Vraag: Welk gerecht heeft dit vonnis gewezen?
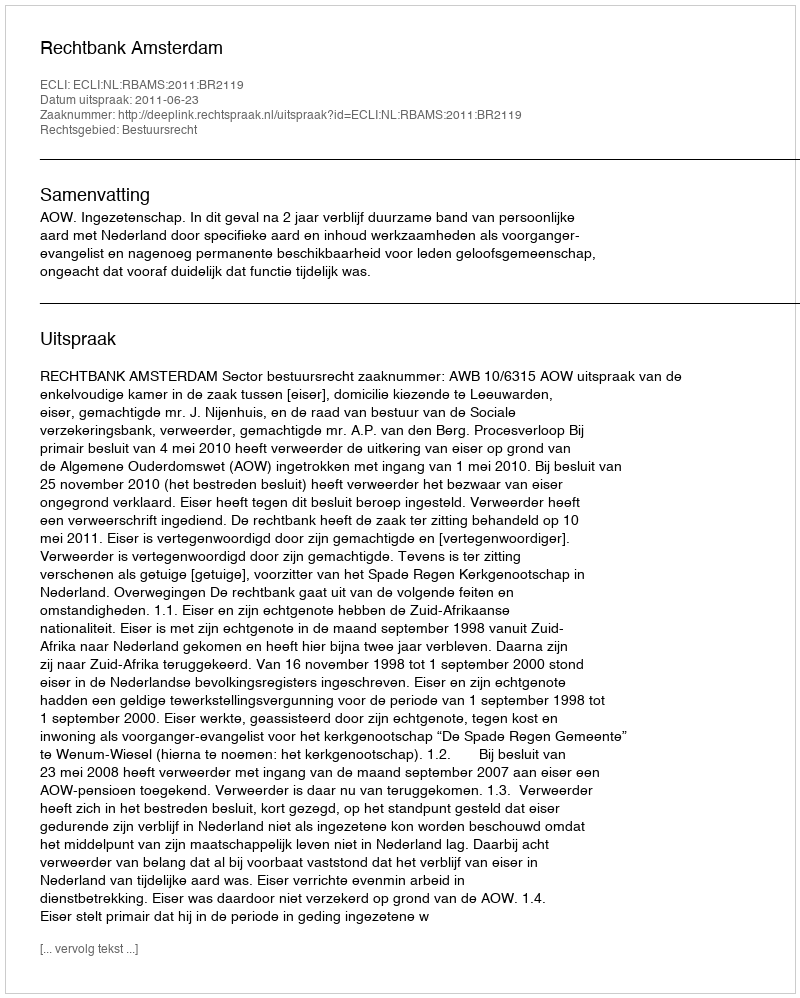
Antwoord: Rechtbank Amsterdam